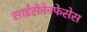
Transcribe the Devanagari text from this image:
साईसेवेनफेसेस